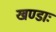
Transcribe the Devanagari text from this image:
खण्डाः